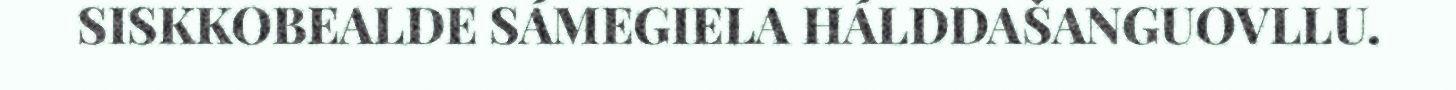
SISKKOBEALDE SÁMEGIELA HÁLDDAŠANGUOVLLU.